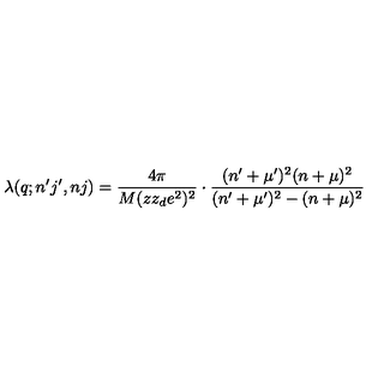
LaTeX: \lambda ( q ; n ^ { \prime } j ^ { \prime } , n j ) = \frac { 4 \pi } { M ( z z _ { d } e ^ { 2 } ) ^ { 2 } } \cdot \frac { ( n ^ { \prime } + \mu ^ { \prime } ) ^ { 2 } ( n + \mu ) ^ { 2 } } { ( n ^ { \prime } + \mu ^ { \prime } ) ^ { 2 } - ( n + \mu ) ^ { 2 } }